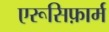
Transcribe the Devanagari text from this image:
एरूसिफ़ार्म